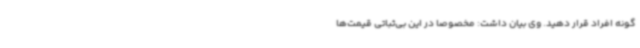
گونه افراد قرار دهید. وی بیان داشت: مخصوصاً در این بی‌ثباتی قیمت‌ها